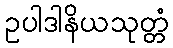
ဥပါဒါနိယသုတ္တံ